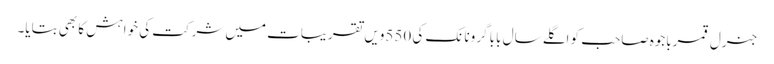
جنرل قمرباجوہ صاحب کو اگلے سال بابا گرونانک کی 550ویں تقریبات میں شرکت کی خواہش کا بھی بتایا۔